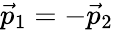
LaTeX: {\vec{p}}_{1}=-{\vec{p}}_{2}